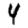
Digit: 4